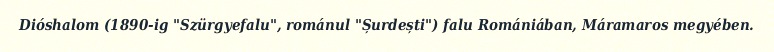
Dióshalom (1890-ig "Szürgyefalu", románul "Șurdești") falu Romániában, Máramaros megyében.